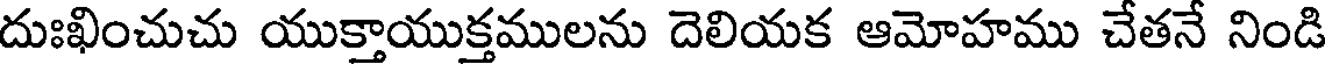
దుఃఖించుచు యుక్తాయుక్తములను దెలియక ఆమోహము చేతనే నిండి